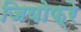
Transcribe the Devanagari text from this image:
जियोफ्रे